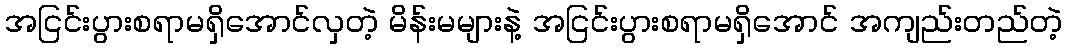
အငြင်းပွားစရာမရှိအောင်လှတဲ့ မိန်းမများနဲ့ အငြင်းပွားစရာမရှိအောင် အကျည်းတည်တဲ့